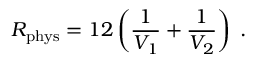
R _ { \mathrm { p h y s } } = 1 2 \left( \frac { 1 } { V _ { 1 } } + \frac { 1 } { V _ { 2 } } \right) \; .